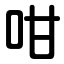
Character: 咁